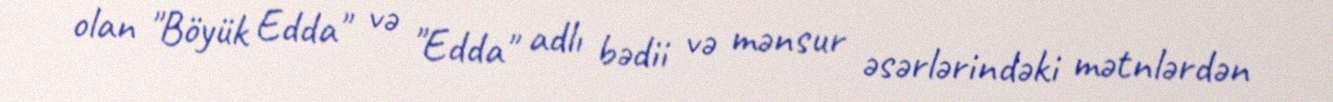
olan "Böyük Edda" və "Edda" adlı bədii və mənsur əsərlərindəki mətnlərdən